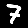
Digit: 7